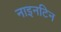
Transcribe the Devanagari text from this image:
नाइनटिन